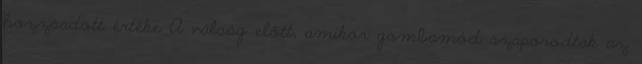
hozzáadott értéke A válság előtt, amikor gombamód szaporodtak az